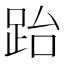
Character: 跆